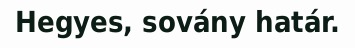
Hegyes, sovány határ.